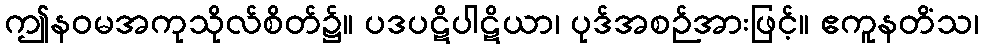
ဤနဝမအကုသိုလ်စိတ်၌။ ပဒပဋိပါဋိယာ၊ ပုဒ်အစဉ်အားဖြင့်။ ဧကူနတိံသ၊